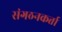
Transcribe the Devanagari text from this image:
संगठनकर्त्ता